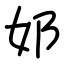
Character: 邚